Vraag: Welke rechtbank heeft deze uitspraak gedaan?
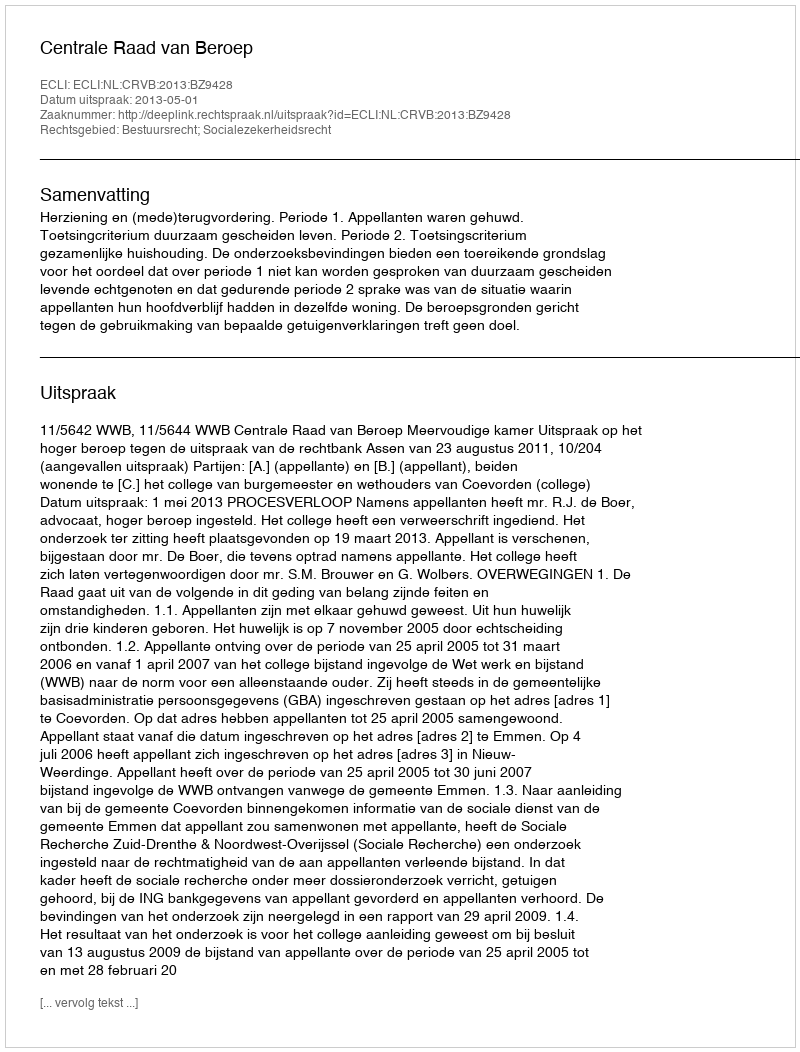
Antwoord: Centrale Raad van Beroep